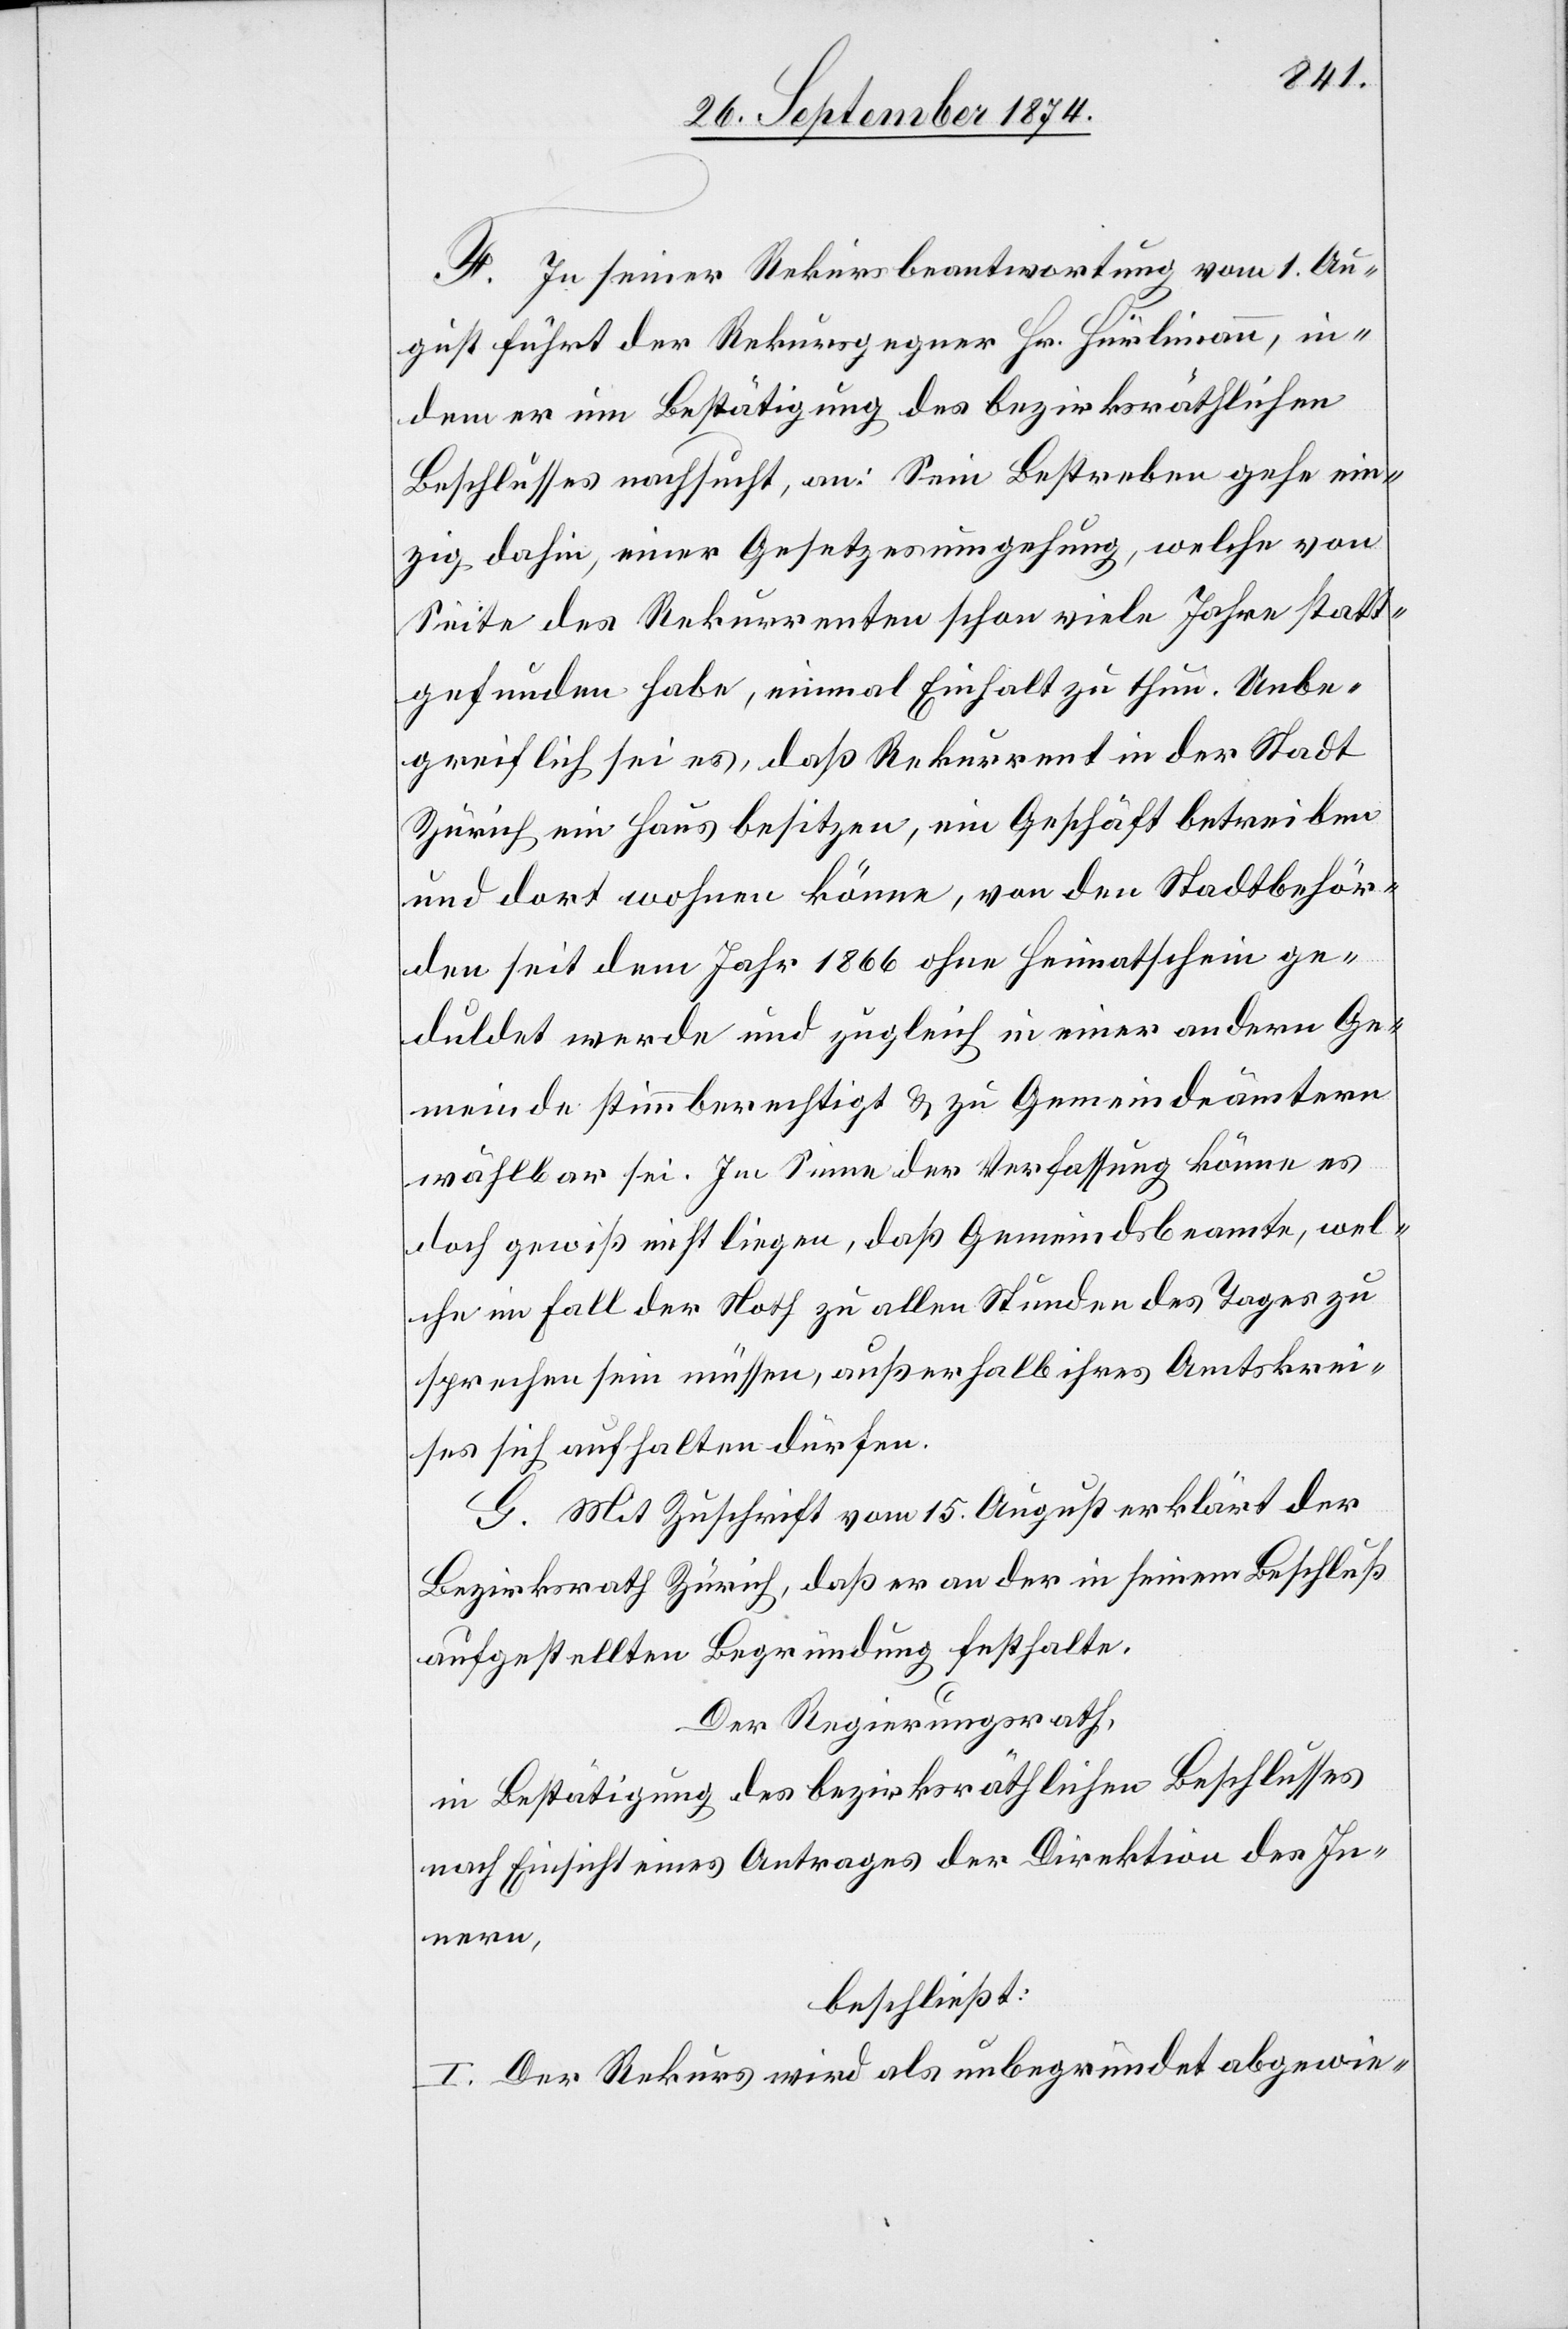
F. In seiner Rekursbeantwortung vom 1. Au¬
gust führ der Rekursgegner Hr. Hürlimann, in¬
dem er um Bestätigung des bezirksräthlichen
Beschlusses nachsucht, an: Sein Bestreben gehe ein¬
zig dahin, einer Gesetzesumgehung, welche von
Seite des Rekurrenten schon viele Jahre statt¬
gefunden habe, einmal Einhalt zu tun. Unbe¬
greiflich sei es, daß Rekurrent in der Stadt
Zürich ein Haus besitzen, ein Geschäft betreiben
und dort wohnen könne, von den Stadtbehör¬
den seit dem Jahr 1866 ohne Heimatschein ge¬
duldet werde und zugleich in einer andern Ge¬
meinde stimmberechtigt & zu Gemeindeämtern
wählbar sei. Im Sinne der Verfassung könne es
doch gewiß nicht liegen, daß Gemeindsbeamte, wel¬
che im Fall der Noth zu allen Stunden des Tages zu
sprechen sein müssen, außerhalb ihre Amtskrei¬
ses sich aufhalten dürfen.
G. Mit Zuschrift vom 15 August erklärt der
Bezirksrath Zürich, daß er an der in seinem Beschluß
aufgestellten Begründung festhalte.
Der Regierungsrath,
in Bestätigung des bezirksräthlichen Beschlusses
nach Einsicht eins Antrages der Direktion des In¬
nern,
beschließt:
I. Der Rekurs wird als unbegründet abgewie-